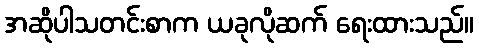
အဆိုပါသတင်းစာက ယခုလိုဆက် ရေးထားသည်။